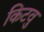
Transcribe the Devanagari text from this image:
किटवु